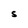
Character: S